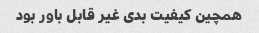
همچین کیفیت بدی غیر قابل باور بود